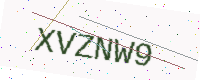
Text: XVZNW9